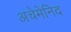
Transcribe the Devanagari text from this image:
अचेमेनिद